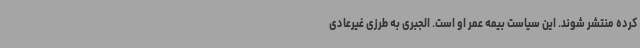
کرده منتشر شوند. این سیاست بیمه عمر او است. الجبری به طرزی غیرعادی